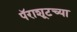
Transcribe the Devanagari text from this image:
पॅराशूटच्या